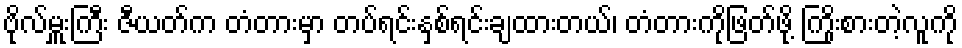
ဗိုလ်မှူးကြီး ဇီယတ်က တံတားမှာ တပ်ရင်းနှစ်ရင်းချထားတယ်၊ တံတားကိုဖြတ်ဖို့ ကြိုးစားတဲ့လူကို